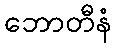
ဘောတီနံ